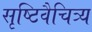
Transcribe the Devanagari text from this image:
सृष्टिवैचित्र्य